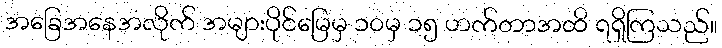
အခြေအနေအလိုက် အများပိုင်မြေမှ ၁၀မှ ၁၅ ဟက်တာအထိ ရရှိကြသည်။